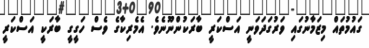
ގައުމުތައް މިޒަމާނުގައި ވަރުގަދަވަނީ އަސްކަރީ ބާރަކުންނޫނެވެ. އެމެރިކާގެ ވެސް ހަގީގީ ބާރަކީ އަސްކަރީ